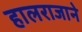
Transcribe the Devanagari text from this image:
हालराजाने